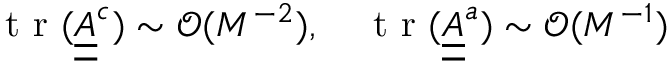
\mathrm { ~ t ~ r ~ } ( \underline { { \underline { { A } } } } ^ { c } ) \sim \mathcal { O } ( M ^ { - 2 } ) , \quad \mathrm { ~ t ~ r ~ } ( \underline { { \underline { { A } } } } ^ { a } ) \sim \mathcal { O } ( M ^ { - 1 } )